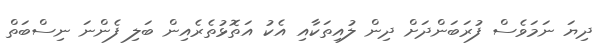
ދިޔަ ނަމަވެސް ފުރަބަންދަށް ދިން ލުއިތަކާއި އެކު އަތޮޅުތެރެއިން ބަލި ފެންނަ ނިސްބަތް